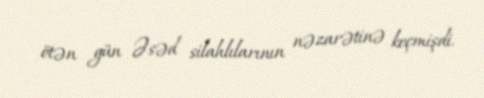
ötən gün Əsəd silahlılarının nəzarətinə keçmişdi.